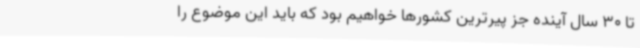
تا 30 سال آینده جز پیرترین کشورها خواهیم بود که باید این موضوع را